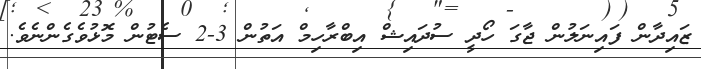
ޒައިދާން ފައިނަލުން ޖާގަ ހޯދީ ސުދައިޝް އިބްރާހިމް އަތުން 3-2 ސެޓުން މޮޅުވެގެންނެވެ.